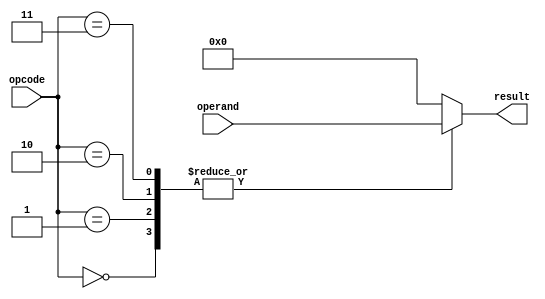
module execution(
    input [3:0] opcode, // Opcode
    input [3:0] operand, // Operand
    output reg [3:0] result //  
);

always @(*) begin
    case(opcode)
        4'b0000: result = operand; // ADD
        4'b0001: result = operand; // SUB
        4'b0010: result = operand; // AND
        4'b0011: result = operand; // OR
        default: result = 4'b0000; //   0 
    endcase
end

endmodule